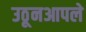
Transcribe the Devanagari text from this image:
उठूनआपले